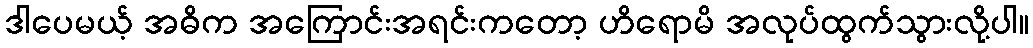
ဒါပေမယ့် အဓိက အကြောင်းအရင်းကတော့ ဟိရောမိ အလုပ်ထွက်သွားလို့ပါ။